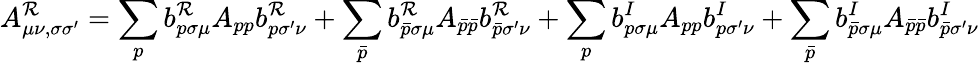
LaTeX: A_{\mu\nu,\sigma\sigma^{\prime}}^{\mathcal{R}}=\sum_{p}b_{p\sigma\mu}^{\mathcal{R}}A_{pp}b_{p\sigma^{\prime}\nu}^{\mathcal{R}}+\sum_{\bar{{p}}}b_{\bar{{p}}\sigma\mu}^{\mathcal{R}}A_{\bar{{p}}\bar{{p}}}b_{\bar{{p}}\sigma^{\prime}\nu}^{\mathcal{R}}+\sum_{p}b_{p\sigma\mu}^{I}A_{pp}b_{p\sigma^{\prime}\nu}^{I}+\sum_{\bar{{p}}}b_{\bar{{p}}\sigma\mu}^{I}A_{\bar{{p}}\bar{{p}}}b_{\bar{{p}}\sigma^{\prime}\nu}^{I}